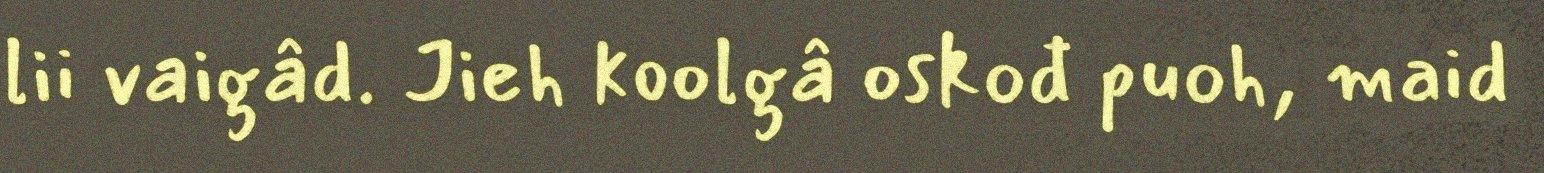
lii vaigâd. Jieh koolgâ oskođ puoh, maid